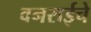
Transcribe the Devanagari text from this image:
वनराईचे